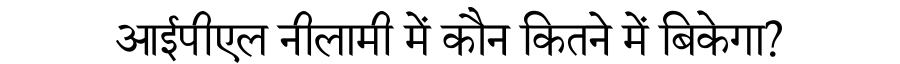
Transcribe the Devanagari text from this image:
आईपीएल नीलामी में कौन कितने में बिकेगा?